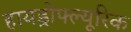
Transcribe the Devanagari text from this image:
हायड्रोफ्ल्यूरिक